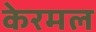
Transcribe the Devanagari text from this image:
केरमल